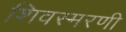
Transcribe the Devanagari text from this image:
शिवस्मरणी